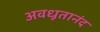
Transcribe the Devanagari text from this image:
अवधूतानंद